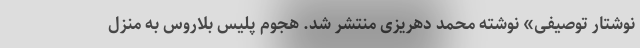
نوشتار توصیفی» نوشته محمد دهریزی منتشر شد. هجوم پلیس بلاروس به منزل